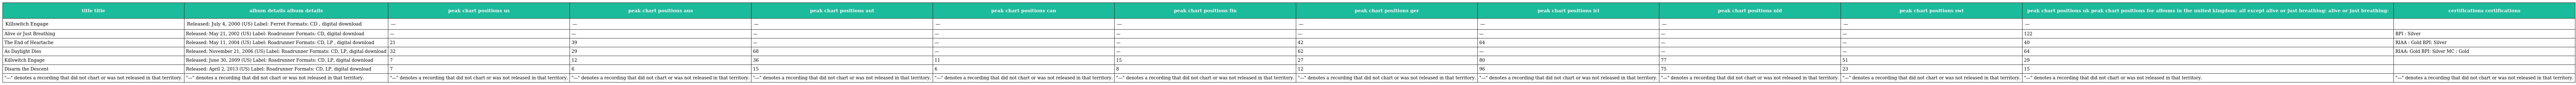
| title title | album details album details | peak chart positions us | peak chart positions aus | peak chart positions aut | peak chart positions can | peak chart positions fin | peak chart positions ger | peak chart positions irl | peak chart positions nld | peak chart positions swi | peak chart positions uk peak chart positions for albums in the united kingdom: all except alive or just breathing: alive or just breathing: | certifications certifications |
 | --- | --- | --- | --- | --- | --- | --- | --- | --- | --- | --- | --- | --- |
 | Killswitch Engage | Released: July 4, 2000 (US) Label: Ferret Formats: CD , digital download | — | — | — | — | — | — | — | — | — | — |  |
 | Alive or Just Breathing | Released: May 21, 2002 (US) Label: Roadrunner Formats: CD, digital download | — | — | — | — | — | — | — | — | — | 122 | BPI : Silver |
 | The End of Heartache | Released: May 11, 2004 (US) Label: Roadrunner Formats: CD, LP , digital download | 21 | 39 | — | — | — | 42 | 64 | — | — | 40 | RIAA : Gold BPI: Silver |
 | As Daylight Dies | Released: November 21, 2006 (US) Label: Roadrunner Formats: CD, LP, digital download | 32 | 29 | 68 | — | — | 62 | — | — | — | 64 | RIAA: Gold BPI: Silver MC : Gold |
 | Killswitch Engage | Released: June 30, 2009 (US) Label: Roadrunner Formats: CD, LP, digital download | 7 | 12 | 36 | 11 | 15 | 27 | 80 | 77 | 51 | 29 |  |
 | Disarm the Descent | Released: April 2, 2013 (US) Label: Roadrunner Formats: CD, LP, digital download | 7 | 6 | 15 | 6 | 8 | 12 | 96 | 75 | 23 | 15 |  |
 | "—" denotes a recording that did not chart or was not released in that territory. | "—" denotes a recording that did not chart or was not released in that territory. | "—" denotes a recording that did not chart or was not released in that territory. | "—" denotes a recording that did not chart or was not released in that territory. | "—" denotes a recording that did not chart or was not released in that territory. | "—" denotes a recording that did not chart or was not released in that territory. | "—" denotes a recording that did not chart or was not released in that territory. | "—" denotes a recording that did not chart or was not released in that territory. | "—" denotes a recording that did not chart or was not released in that territory. | "—" denotes a recording that did not chart or was not released in that territory. | "—" denotes a recording that did not chart or was not released in that territory. | "—" denotes a recording that did not chart or was not released in that territory. | "—" denotes a recording that did not chart or was not released in that territory. |